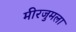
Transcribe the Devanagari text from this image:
मीरजुमला